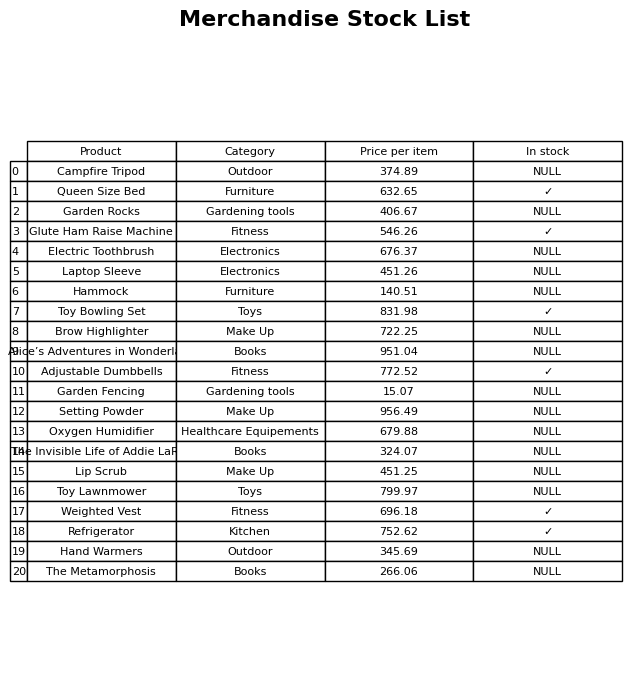
question: What category does the The Metamorphosis belong to?
answer: Books